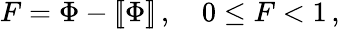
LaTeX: F=\Phi-[\! [\Phi]\! ]\, ,\quad 0\leq F<1\, ,